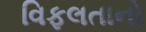
વિફલતાનો